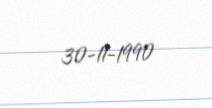
30-11-1990